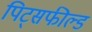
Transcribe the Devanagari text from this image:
पिट्सफील्ड